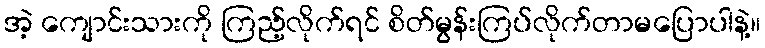
အဲ့ ကျောင်းသားကို ကြည့်လိုက်ရင် စိတ်မွန်းကြပ်လိုက်တာမပြောပါနဲ့။